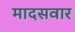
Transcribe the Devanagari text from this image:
मादसवार